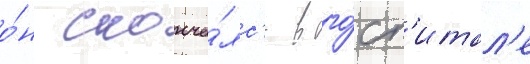
о́н сконча́лс'я в го́сп'итал'е